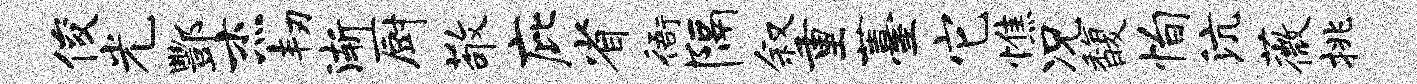
俊光酆杰韧渐厨敬庇省衙隔叙重薹它憔况馥恂沆薇挑